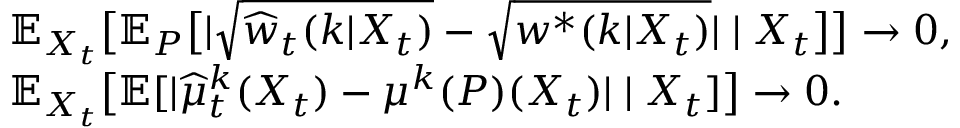
\begin{array} { r l } & { \mathbb { E } _ { X _ { t } } \big [ \mathbb { E } _ { P } \big [ | \sqrt { \widehat { w } _ { t } ( k | X _ { t } ) } - \sqrt { w ^ { * } ( k | X _ { t } ) } | \mid X _ { t } \big ] \big ] \to 0 , } \\ & { \mathbb { E } _ { X _ { t } } \big [ \mathbb { E } [ | \widehat { \mu } _ { t } ^ { k } ( X _ { t } ) - \mu ^ { k } ( P ) ( X _ { t } ) | \mid X _ { t } ] \big ] \to 0 . } \end{array}